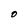
Character: O